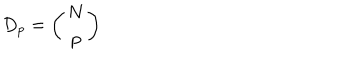
D _ { p } = \left( \begin{array} { c } { { N } } \\ { { p } } \\ \end{array} \right)